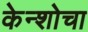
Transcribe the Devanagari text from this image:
केन्शोचा